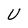
Character: U